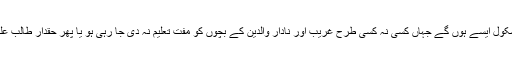
تاہم یہ امر بھی حقیقت ہے کہ کم ہی نجی سکول ایسے ہوں گے جہاں کسی نہ کسی طرح غریب اور نادار والدین کے بچوں کو مفت تعلیم نہ دی جا رہی ہو یا پھر حقدار طالب علموں کو فیسوں میں رایت نہ دی جا رہی ہو۔